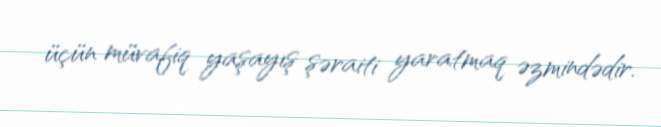
üçün müvafiq yaşayış şəraiti yaratmaq əzmindədir.